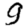
Digit: 9